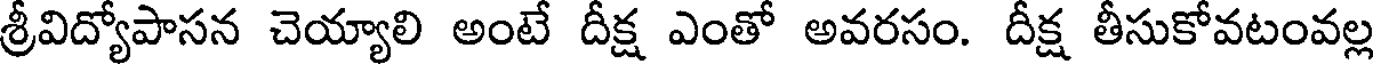
శ్రీవిద్యోపాసన చెయ్యాలి అంటే దీక్ష ఎంతో అవరసం. దీక్ష తీసుకోవటంవల్ల